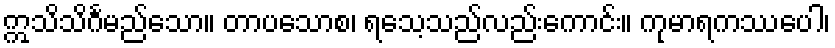
ဣသိသိင်္ဂမည်သော။ တာပသောစ၊ ရသေ့သည်လည်းကောင်း။ ကုမာရကဿပေါ၊